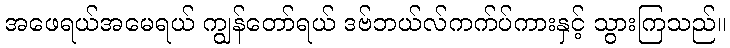
အဖေရယ်အမေရယ် ကျွန်တော်ရယ် ဒဗ်ဘယ်လ်ကက်ပ်ကားနှင့် သွားကြသည်။